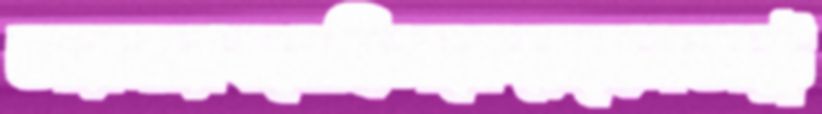
ডারনারবনেছিলকেরেছেনঅস্ট্র